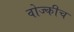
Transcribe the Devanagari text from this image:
वोज्कीच